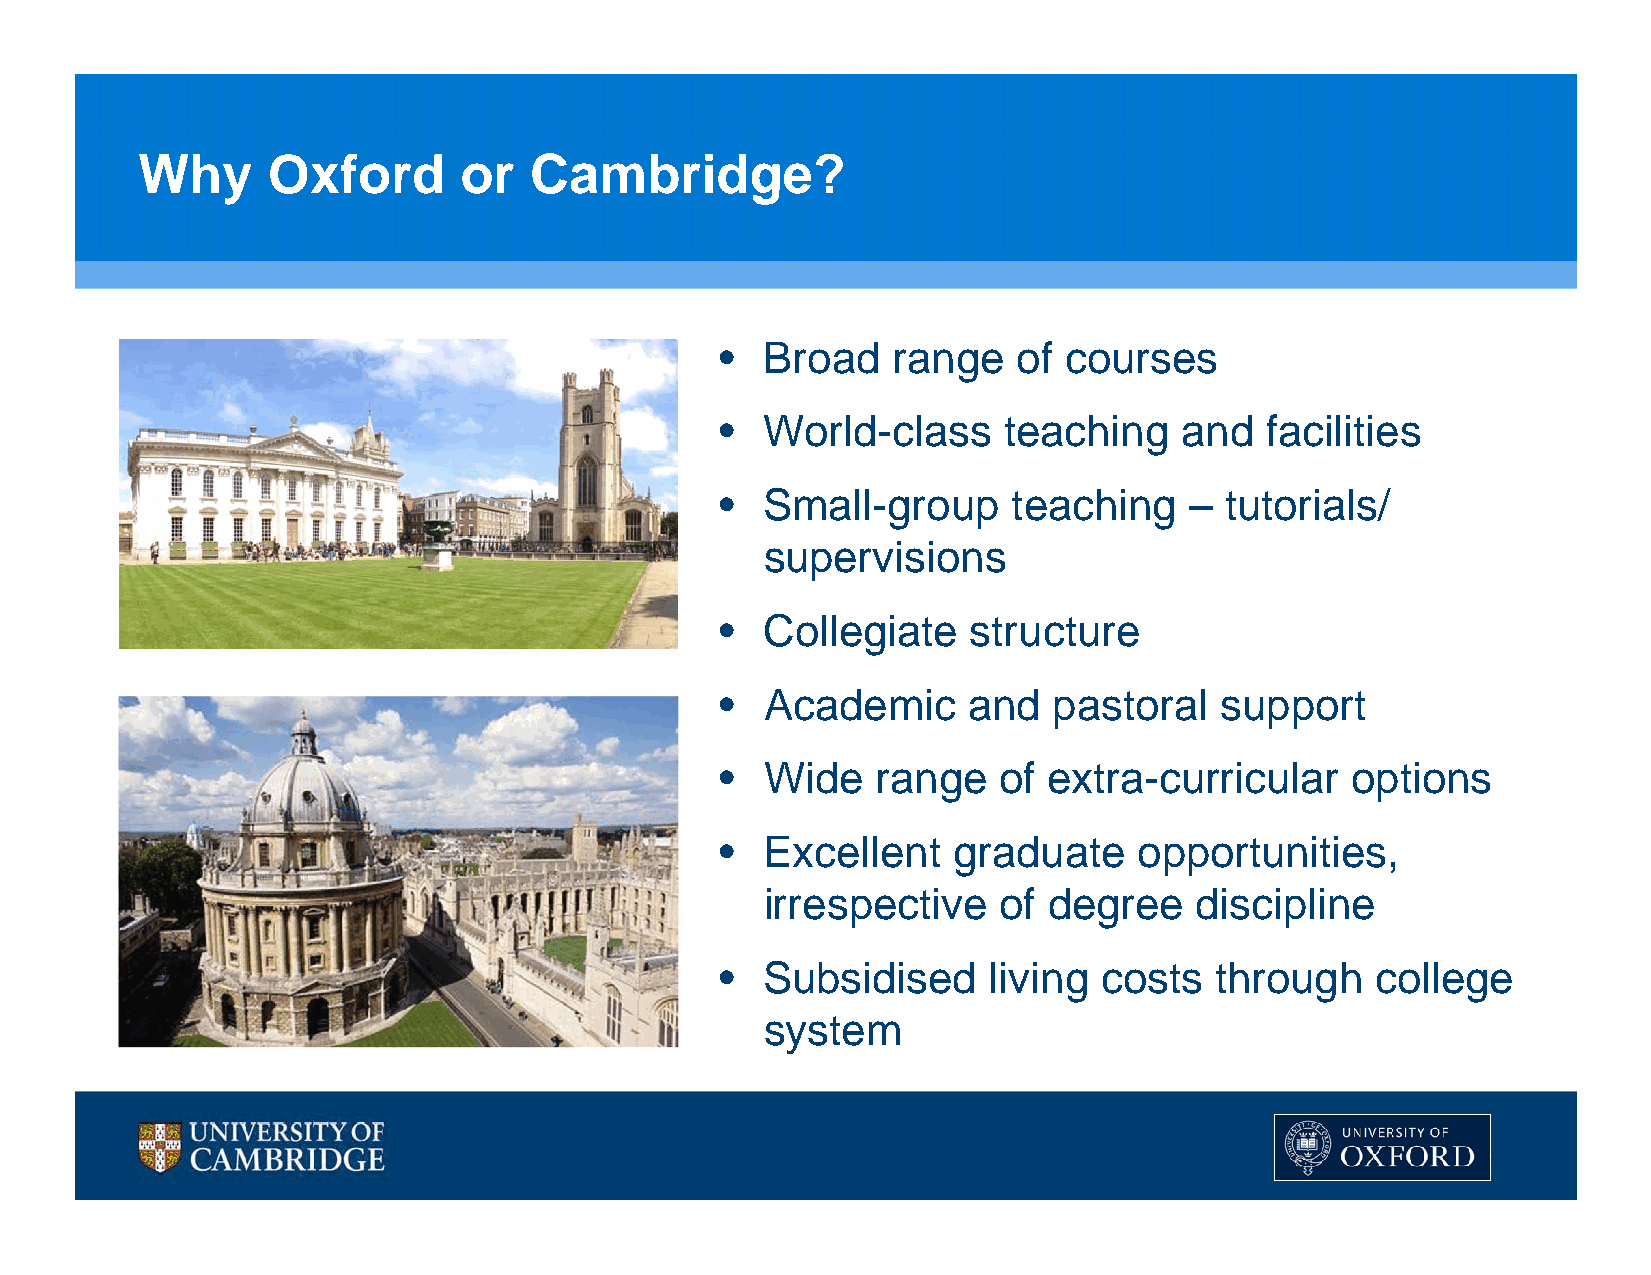
Why      Oxford      or   Cambridge?
 •  Broad   range   of courses
 •  World-class    teaching    and   facilities
 •  Small-group     teaching    – tutorials/
 supervisions
 •  Collegiate   structure
 •  Academic     and   pastoral   support
 •  Wide   range   of extra-curricular    options
 •  Excellent   graduate    opportunities,
 irrespective   of degree    discipline
 •  Subsidised    living  costs  through    college
 system